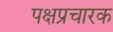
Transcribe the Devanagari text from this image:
पक्षप्रचारक